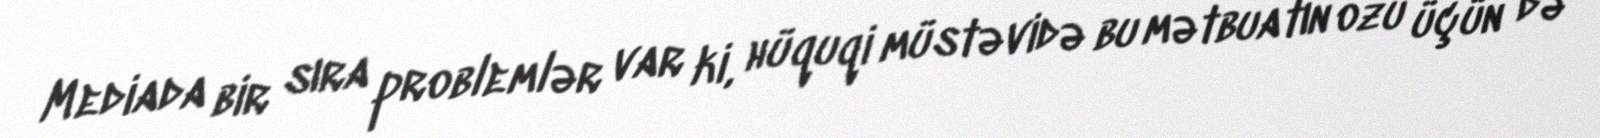
Mediada bir sıra problemlər var ki, hüquqi müstəvidə bu mətbuatın özü üçün də